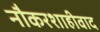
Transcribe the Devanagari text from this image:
नौकरशाहीवाद